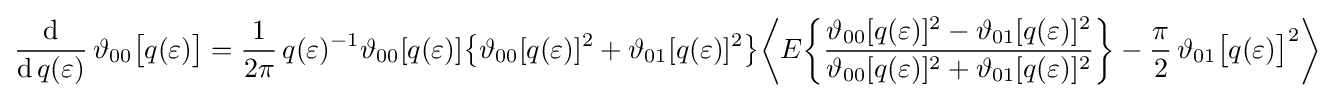
{\frac {\mathrm {d} }{\mathrm {d} \,q(\varepsilon )}}\,\vartheta _{00}{\bigl [}q(\varepsilon ){\bigr ]}={\frac {1}{2\pi }}\,q(\varepsilon )^{-1}\vartheta _{00}[q(\varepsilon )]{\bigl \{}\vartheta _{00}[q(\varepsilon )]^{2}+\vartheta _{01}[q(\varepsilon )]^{2}{\bigr \}}{\biggl \langle }E{\biggl \{}{\frac {\vartheta _{00}[q(\varepsilon )]^{2}-\vartheta _{01}[q(\varepsilon )]^{2}}{\vartheta _{00}[q(\varepsilon )]^{2}+\vartheta _{01}[q(\varepsilon )]^{2}}}{\biggr \}}-{\frac {\pi }{2}}\,\vartheta _{01}{\bigl [}q(\varepsilon ){\bigr ]}^{2}{\biggr \rangle }